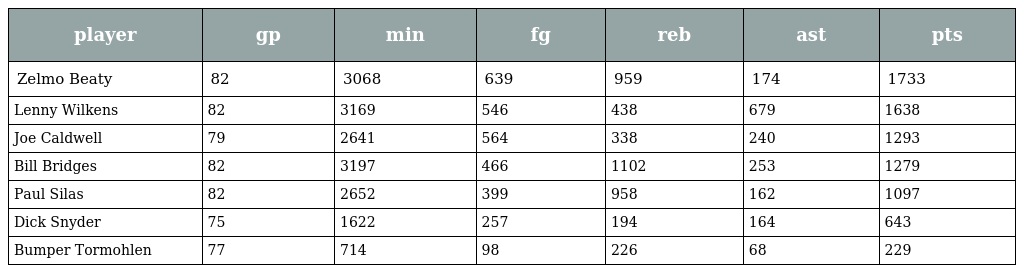
| player | gp | min | fg | reb | ast | pts |
 | --- | --- | --- | --- | --- | --- | --- |
 | Zelmo Beaty | 82 | 3068 | 639 | 959 | 174 | 1733 |
 | Lenny Wilkens | 82 | 3169 | 546 | 438 | 679 | 1638 |
 | Joe Caldwell | 79 | 2641 | 564 | 338 | 240 | 1293 |
 | Bill Bridges | 82 | 3197 | 466 | 1102 | 253 | 1279 |
 | Paul Silas | 82 | 2652 | 399 | 958 | 162 | 1097 |
 | Dick Snyder | 75 | 1622 | 257 | 194 | 164 | 643 |
 | Bumper Tormohlen | 77 | 714 | 98 | 226 | 68 | 229 |